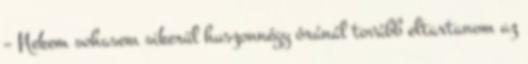
– Nekem sohasem sikerül huszonnégy óránál tovább eltartanom az